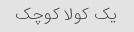
یک کولا کوچک